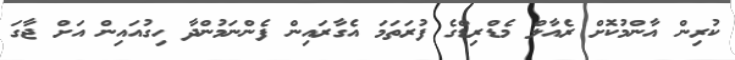
ކުރިން އާންމުކޮށް ރެއާލް މެޑްރިޑްގެ ފުރަތަމަ އެގާރައިން ފެންނަމުންދާ ހިގުއައިން އަށް ޖާގަ